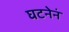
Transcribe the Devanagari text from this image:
घटनेनं